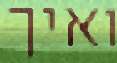
ואיך